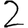
Digit: 2